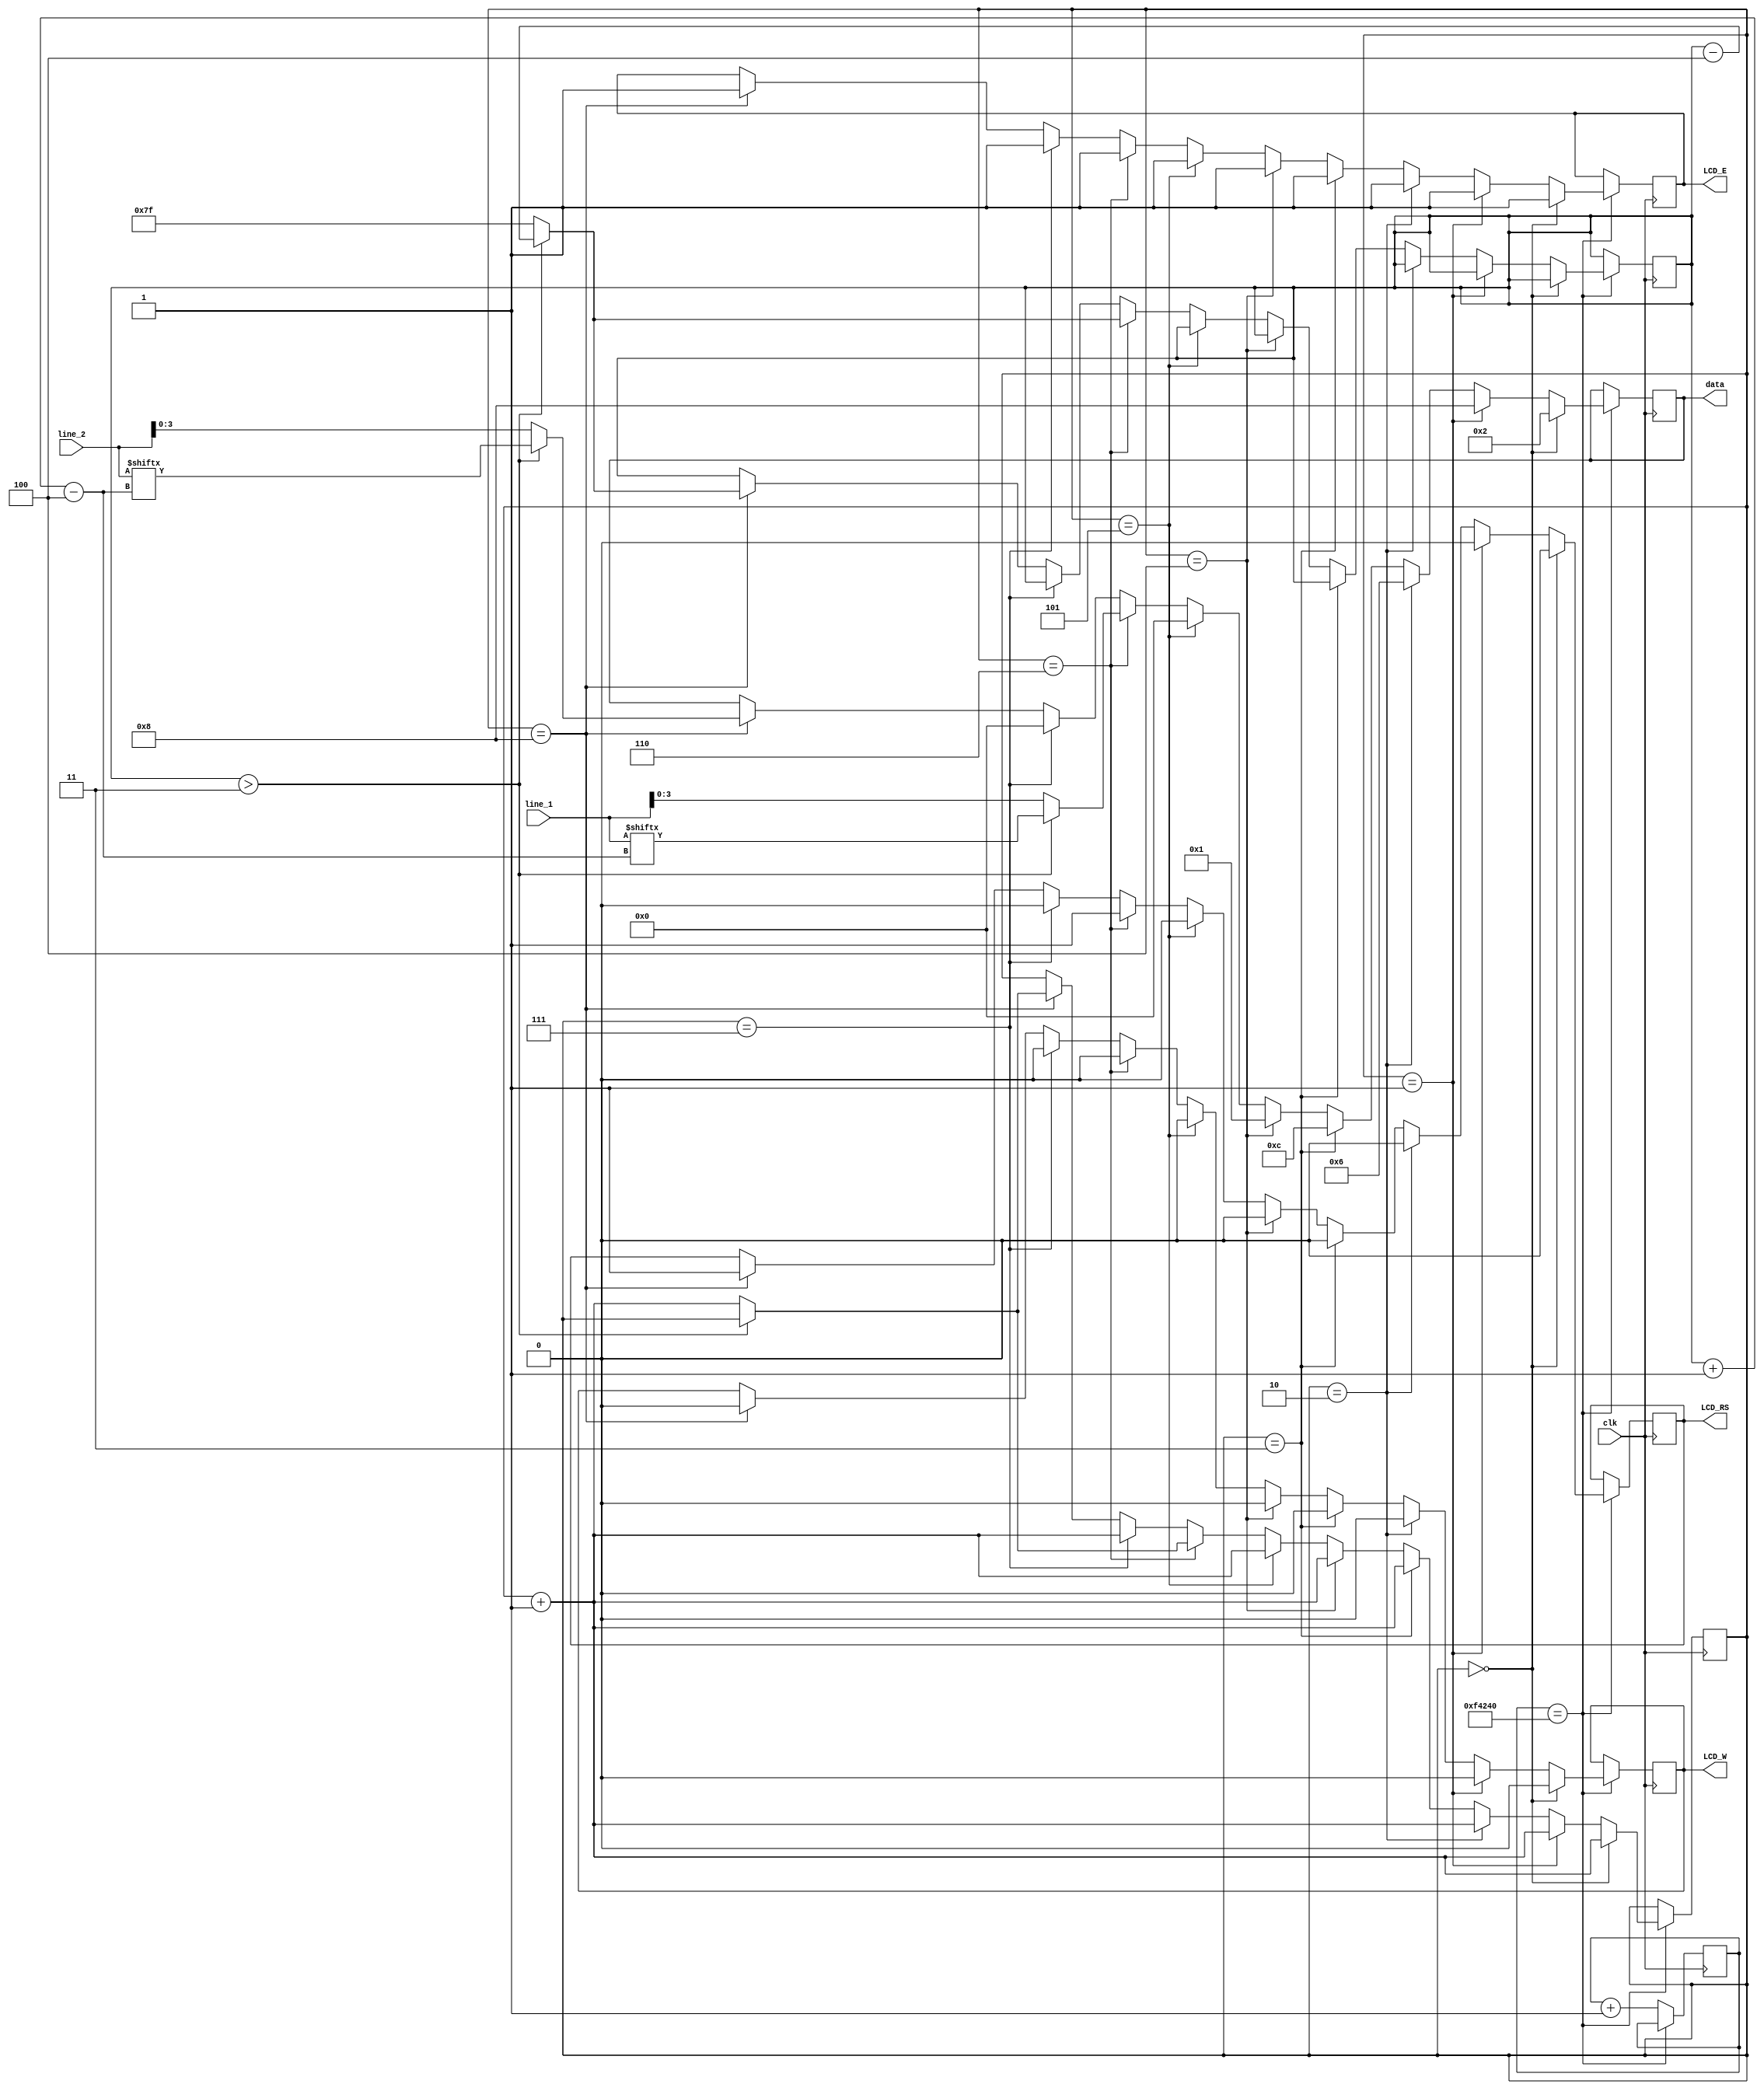
module LCD_driver(line_1, line_2, clk, LCD_E, LCD_RS, LCD_W, data);

    input clk;
    input [127:0]line_1;
    input [127:0]line_2;
    output LCD_E, LCD_RS, LCD_W;
    output[3:0] data;

    reg[7:0] DB;
    reg LCD_E, LCD_RS, LCD_W;
    reg [3:0]data;
    reg[20:0] counter = 21'b0;

    reg[3:0] state = 0;
    reg [7:0] pos = 127;

/*    initial begin
        LCD_E = 0;
        #20
        LCD_RS=0; LCD_W=0; data=0x3;
        #20
        LCD_E=1;
        #20

        LCD_E = 0;
        #20
        LCD_RS=0; LCD_W=0; data=0x3;
        #20
        LCD_E=1;
        #20

        LCD_E = 0;
        #20
        LCD_RS=0; LCD_W=0; data=0x3;
        #20
        LCD_E=1;
        #20

        LCD_E = 0;
        #20
        LCD_RS=0; LCD_W=0; data=0x2;
        #20
        LCD_E=1;
        #20

        // Function Set
        LCD_E = 0;
        #20
        LCD_RS=0; LCD_W=0; data=0x2;
        #20
        LCD_E=1;
        #20
        LCD_E = 0;
        #20
        LCD_RS=0; LCD_W=0; data=0x8;
        #20
        LCD_E=1;
        #20
        // Entry Mode Set
        LCD_E = 0;
        #20
        LCD_RS=0; LCD_W=0; data=0x0;
        #20
        LCD_E=1;
        #20
        LCD_E = 0;
        #20
        LCD_RS=0; LCD_W=0; data=0x6;
        #20
        LCD_E=1;
        #20
        // second step
        // third command
        LCD_E = 0;
        #20
        LCD_RS=0; LCD_W=0; data=0x0;
        #20
        LCD_E=1;
        #20

        LCD_E = 0;
        #20
        LCD_RS=0; LCD_W=0; data=0xC;
        #20
        LCD_E=1;
        #20

        // Clear Display
        LCD_E = 0;
        #20
        LCD_RS=0; LCD_W=0; data=0x0;
        #20
        LCD_E=1;
        #20
        LCD_E = 0;
        #20
        LCD_RS=0; LCD_W=0; data=0x1;
        #20
        LCD_E=1;
        #20
    end
    */

    always @(posedge clk)
        begin
            if(counter == 1000000) begin
                if(state == 0)    begin    // initialise
                    LCD_E = 0;
                    #20
                    LCD_RS=0; LCD_W=0; data=4'h3;
                    #20
                    LCD_E=1;
                    #20

                    LCD_E = 0;
                    #20
                    LCD_RS=0; LCD_W=0; data=4'h3;
                    #20
                    LCD_E=1;
                    #20

                    LCD_E = 0;
                    #20
                    LCD_RS=0; LCD_W=0; data=4'h3;
                    #20
                    LCD_E=1;
                    #20

                    LCD_E = 0;
                    #20
                    LCD_RS=0; LCD_W=0; data=4'h2;
                    #20
                    LCD_E=1;
                    #20

                          state = state + 1;
                    end
                    else if(state == 1) begin
                    // Function Set
                    LCD_E = 0;
                    #20
                    LCD_RS=0; LCD_W=0; data=4'h2;
                    #20
                    LCD_E=1;
                    #20
                    LCD_E = 0;
                    #20
                    LCD_RS=0; LCD_W=0; data=4'h8;
                    #20
                    LCD_E=1;
                    #20
                          state = state + 1;
                    end
                    else if(state == 2) begin
                    // Entry Mode Set
                    LCD_E = 0;
                    #20
                    LCD_RS=0; LCD_W=0; data=4'h0;
                    #20
                    LCD_E=1;
                    #20
                    LCD_E = 0;
                    #20
                    LCD_RS=0; LCD_W=0; data=4'h6;
                    #20
                    LCD_E=1;
                    #20
                    // second step
                          state = state + 1;
                    end
                    else if(state == 3) begin
                    // third command    Display On/Off
                    LCD_E = 0;
                    #20
                    LCD_RS=0; LCD_W=0; data=4'h0;
                    #20
                    LCD_E=1;
                    #20

                    LCD_E = 0;
                    #20
                    LCD_RS=0; LCD_W=0; data=4'hC;
                    #20
                    LCD_E=1;
                    #20
                    state = state + 1;
                    end
                    else if(state == 4) begin
                    // Clear Display
                    LCD_E = 0;
                    #20
                    LCD_RS=0; LCD_W=0; data=4'h00;
                    #20
                    LCD_E=1;
                    #20
                    LCD_E = 0;
                    #20
                    LCD_RS=0; LCD_W=0; data=4'h01;
                    #20
                    LCD_E=1;
                    #20
                    state = state + 1;
                    end
                    else if(state == 5) begin

                          // entering into begin mode
                          LCD_E = 0;
                    #20
                    LCD_RS=0; LCD_W=0; data=4'h08;
                    #20
                    LCD_E=1;
                    #20
                    LCD_E = 0;
                    #20
                    LCD_RS=0; LCD_W=0; data=4'h0;
                    #20
                    LCD_E=1;
                    #20
                    state = state +1 ;

                end

                else if(state == 6) begin

                   if(pos > 3) begin
                            DB = line_1[pos -: 4];
                     LCD_E = 0;
                     #20
                     LCD_RS=1; LCD_W=0; data=DB[7:4];
                     #20
                     LCD_E=1;
                     #20

                     LCD_E = 0;
                     #20
                     LCD_RS=1; LCD_W=0; data=DB[3:0];
                     #20
                     LCD_E=1;
                     #20
                            pos = pos - 4;
                        end

                        else    begin
                            DB = line_1[3: 0];
                     LCD_E = 0;
                     #20
                     LCD_RS=1; LCD_W=0; data=DB[7:4];
                     #20
                     LCD_E=1;
                     #20
                     LCD_E = 0;
                     #20
                     LCD_RS=1; LCD_W=0; data=DB[3:0];
                     #20
                     LCD_E=1;
                     #20
                            pos = 127;
                            state = state +1;
                         end

                end

                else if(state == 7) begin        // line change
                    LCD_E = 0;
                    #20
                    LCD_RS=0; LCD_W=0; data=4'hC;
                    #20
                    LCD_E=1;
                    #20
                    LCD_E = 0;
                    #20
                    LCD_RS=0; LCD_W=0; data=4'h0;
                    #20
                    LCD_E=1;
                    #20
                    state = state +1;
                end
                else if(state == 8) begin
                   if(pos > 3) begin
                            DB = line_2[pos -: 4];
                     LCD_E = 0;
                     #20
                     LCD_RS=1; LCD_W=0; data=DB[7:4];
                     #20
                     LCD_E=1;
                     #20
                     LCD_E = 0;
                     #20
                     LCD_RS=1; LCD_W=0; data=DB[3:0];
                     #20
                     LCD_E=1;
                     #20
                            pos = pos - 4;
                        end
                        else    begin
                            DB = line_2[3: 0];
                     LCD_E = 0;
                     #20
                     LCD_RS=1; LCD_W=0; data=DB[7:4];
                     #20
                     LCD_E=1;
                     #20
                     LCD_E = 0;
                     #20
                     LCD_RS=1; LCD_W=0; data=DB[3:0];
                     #20
                     LCD_E=1;
                     #20
                            pos = 127;
                            state = state + 1;
                        end
               end
                end
            else begin
                counter = counter + 1;
            end
        end

endmodule